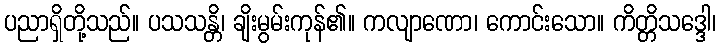
ပညာရှိတို့သည်။ ပသသန္တိ၊ ချိးမွမ်းကုန်၏။ ကလျာဏော၊ ကောင်းသော။ ကိတ္တိသဒ္ဒေါ၊